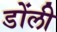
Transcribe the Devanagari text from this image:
डोंली